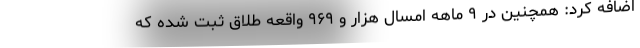
اضافه کرد: همچنین در ۹ ماهه امسال هزار و ۹۶۹ واقعه طلاق ثبت شده که